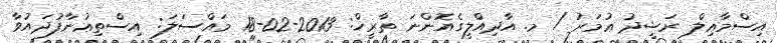
އިސްމާޢިލް ރަޝީދު ޢުމަރު / މ. އާދިއްލީގެއޮންނަ ތާރީޚް: 2013-02-18 މައްސަލަ: އިސްތިޢުނާފުދައުވާ